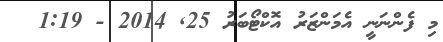
މި ފެންނަނީ އެމަންޒަރު އޮކްޓޯބަރު 25